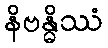
နိဗန္ဓိဿံ